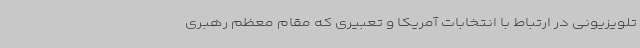
تلویزیونی در ارتباط با انتخابات آمریکا و تعبیری که مقام معظم رهبری